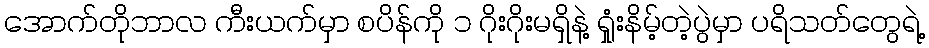
အောက်တိုဘာလ ကီးယက်မှာ စပိန်ကို ၁ ဂိုးဂိုးမရှိနဲ့ ရှုံးနိမ့်တဲ့ပွဲမှာ ပရိသတ်တွေရဲ့